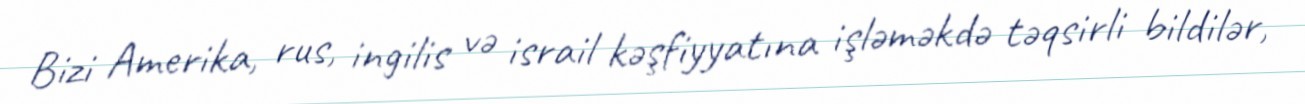
Bizi Amerika, rus, ingilis və israil kəşfiyyatına işləməkdə təqsirli bildilər,